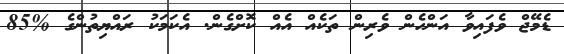
ޑެމޭޖް ވެފައިވާ އަންހެން ވެރިން ތަކެއް އެއް ކޮށްގެން. އެކަމަކު ރައްޔިތުންގެ %85